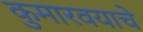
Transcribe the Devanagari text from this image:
कुमारवयाचे